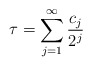
\begin{align*} \tau = \sum_{j = 1}^\infty \frac{c_j}{2^j} \end{align*}